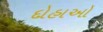
દોહાઓ